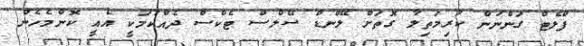
ފްލެޓް ގަންނަން ކުރިމަތިލާ ގޮތަށް ލޭންޑް ސޭލްސް ޓެކްސް ދެއްކުމަކީ އެއީ ކޮންމެހެން